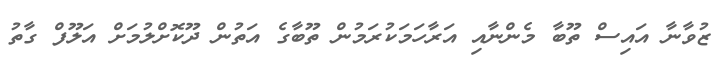
ޒުވާނާ އައިސް ތޫބާ މެންނާއި އަރާހަމަކުރަމުން ތޫބާގެ އަތުން ދޫކޮށްލުމަށް އަލޫފް ގާތު